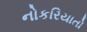
નોકરિયાતો